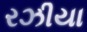
રઝીયા